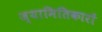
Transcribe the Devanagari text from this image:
ज्यामितिकारों